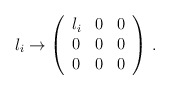
\begin{align*}\l_i\to\left(\begin{array}{ccc}\l_i&0&0\\0&0&0\\0&0&0\end{array}\right)\,.\end{align*}